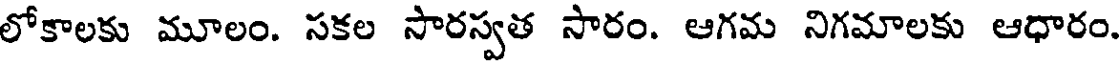
లోకాలకు మూలం. సకల సారస్వత సారం. ఆగమ నిగమాలకు ఆధారం.